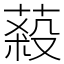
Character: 蔱